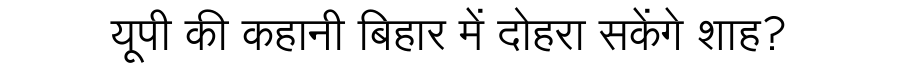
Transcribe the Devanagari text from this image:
यूपी की कहानी बिहार में दोहरा सकेंगे शाह?